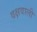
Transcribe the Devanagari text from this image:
वक्षवाली